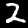
Digit: 2